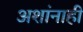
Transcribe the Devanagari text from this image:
अशांनाही